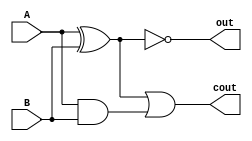
module add_increment(A, B, out, cout);
    input A, B;
    output out, cout;
     

    assign out = A ^ B ^ (1'b1);
    assign cout = ((A ^ B) & (1'b1)) | (A & B);
endmodule